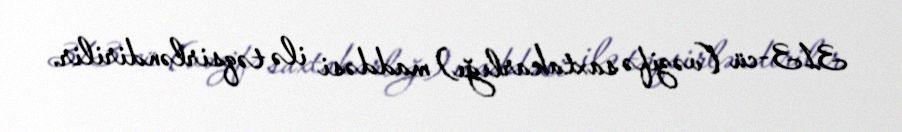
313-cü (vəzifə saxtakarlığı) maddəsi ilə təqsirləndirilir.